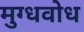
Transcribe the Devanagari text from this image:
मुग्धवोध